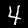
Label: 4